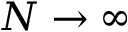
N \to \infty